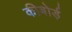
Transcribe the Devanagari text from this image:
कीबोर्ड़